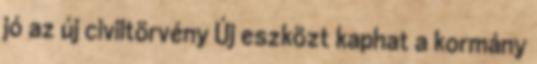
jó az új civiltörvény Új eszközt kaphat a kormány